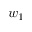
w _ { 1 }